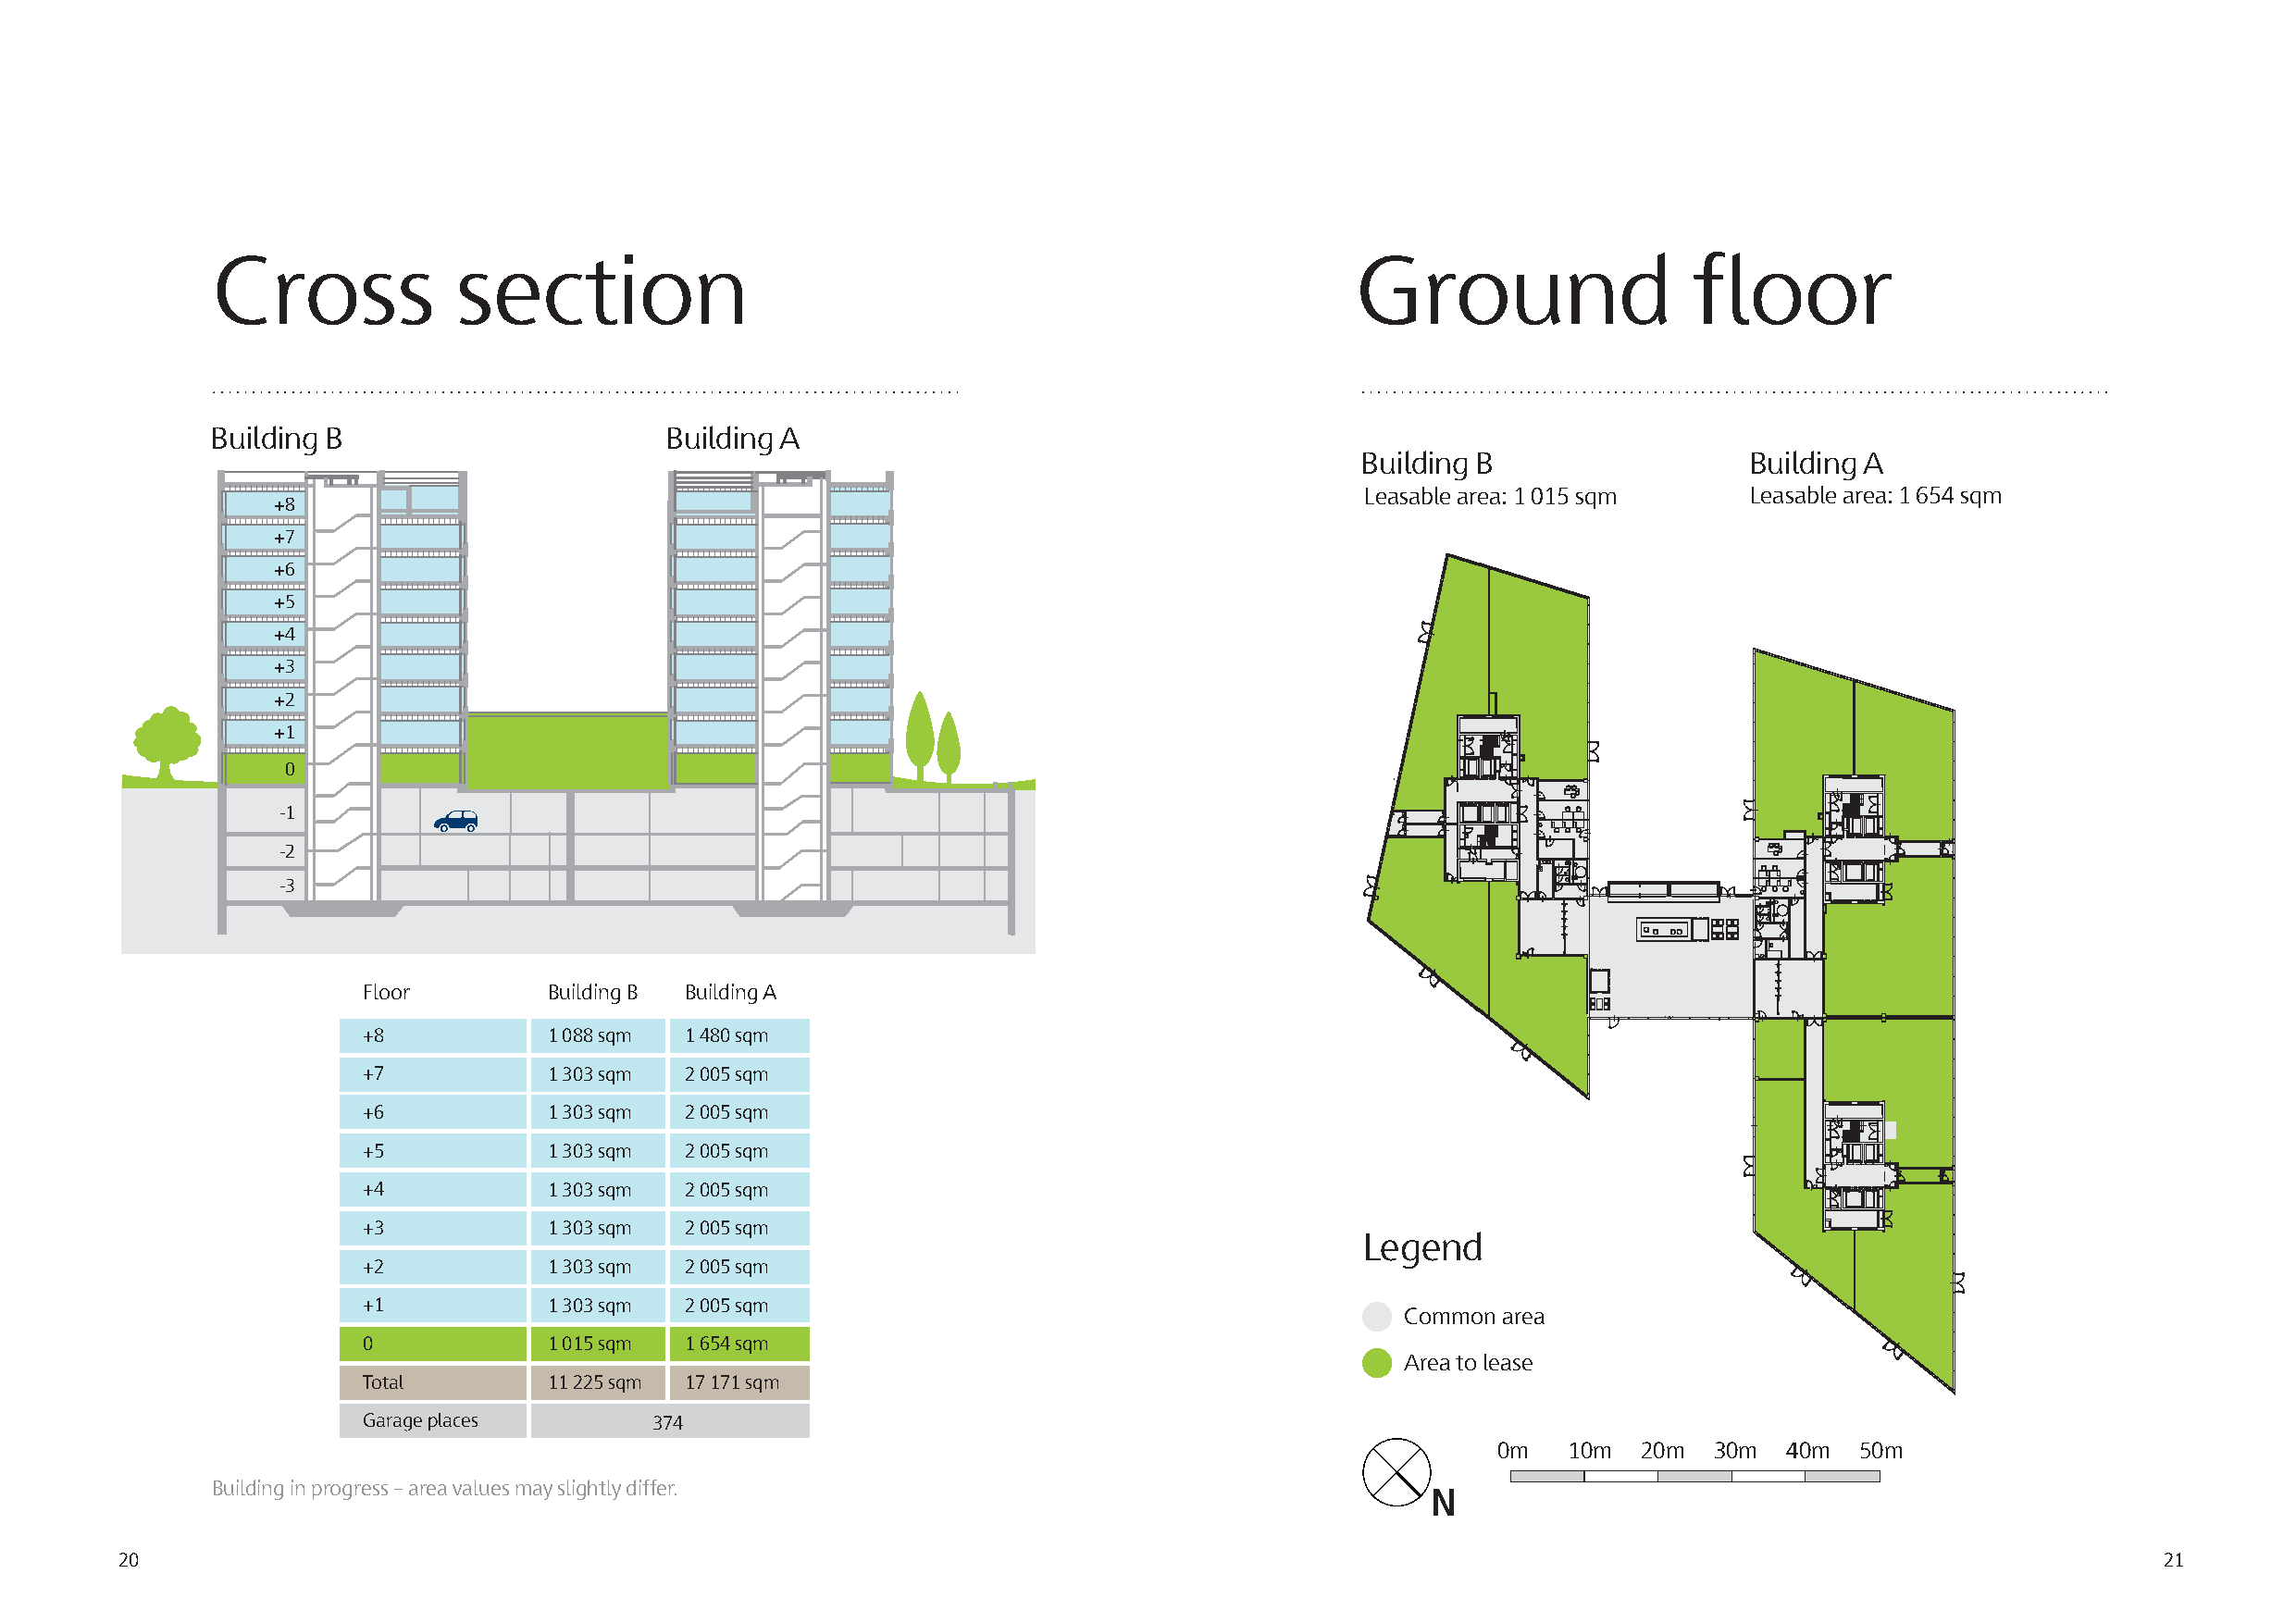
Cross             section                                                         Ground                  floor
 Building B                       Building A
 Building B                  Building A
 Leasable area: 1 015 sqm   Leasable area: 1 654 sqm
 +8
 +7
 +6
 +5
 +4
 +3
 +2
 +1
 0
 -1
 -2
 -3
 Floor        Building B Building A
 +8           1 088 sqm 1 480 sqm
 +7           1 303 sqm 2 005 sqm
 +6           1 303 sqm 2 005 sqm
 +5           1 303 sqm 2 005 sqm
 +4           1 303 sqm 2 005 sqm
 +3           1 303 sqm 2 005 sqm
 Legend
 +2           1 303 sqm 2 005 sqm
 +1           1 303 sqm 2 005 sqm
 Common area
 0            1 015 sqm 1 654 sqm
 Area to lease
 Total        11 225 sqm 17 171 sqm
 Garage places        374
 0m   10m  20m   30m  40m  50m
 Building in progress – area values may slightly differ.
 N
 20                                                                                                                                                 21